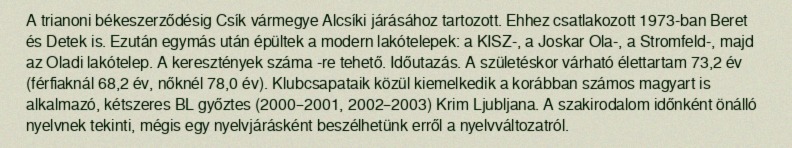
A trianoni békeszerződésig Csík vármegye Alcsíki járásához tartozott. Ehhez csatlakozott 1973-ban Beret és Detek is. Ezután egymás után épültek a modern lakótelepek: a KISZ-, a Joskar Ola-, a Stromfeld-, majd az Oladi lakótelep. A keresztények száma -re tehető. Időutazás. A születéskor várható élettartam 73,2 év (férfiaknál 68,2 év, nőknél 78,0 év). Klubcsapataik közül kiemelkedik a korábban számos magyart is alkalmazó, kétszeres BL győztes (2000–2001, 2002–2003) Krim Ljubljana. A szakirodalom időnként önálló nyelvnek tekinti, mégis egy nyelvjárásként beszélhetünk erről a nyelvváltozatról.